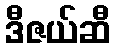
ဒီဇယ်ဆီ